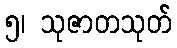
၅၊ သုဇာတသုတ်